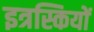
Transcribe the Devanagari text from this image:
इत्रस्कियों